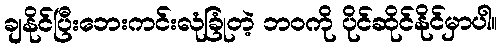
ချနိုင်ပြီးဘေးကင်းလုံခြုံတဲ့ ဘဝကို ပိုင်ဆိုင်နိုင်မှာပါ။